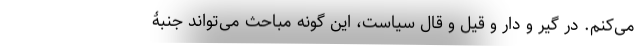
می‌کنم. در گیر و دار و قیل و قال سیاست، این گونه مباحث می‌تواند جنبۀ